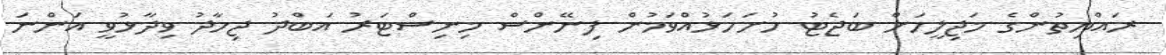
ރައްޔިތުންގެ މަޖިލީހަށް ބަޖެޓު ހުށަހަޅުއްވަމުން ފިނޭންސް މިނިސްޓަރު އަބްދު ޖިހާދު ވިދާޅުވީ އަންނަ